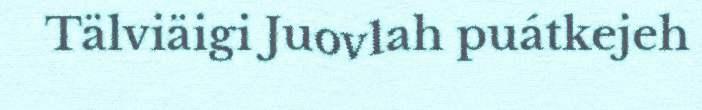
Tälviäigi Juovlah puátkejeh